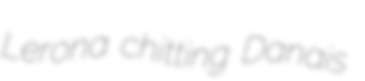
Lerona chitting Danais